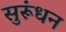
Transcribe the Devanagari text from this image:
सुरूंधन